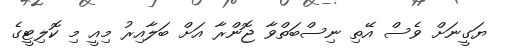
ޔަގީނަށް ވެސް އޭތި ނިސްބަތްވާ ޖޮންރާ އަށް ބަލާއިރު މިއީ މި ކޮލިޓީގެ